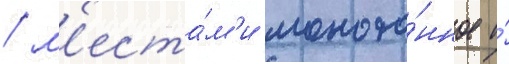
/ м'еста́м'и моното́нное и́